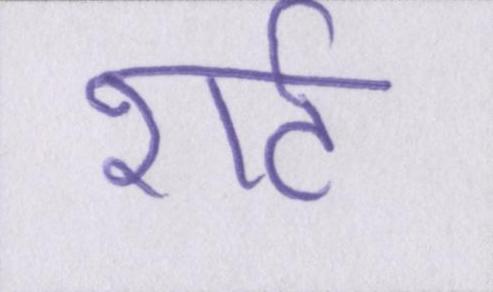
शर्ट